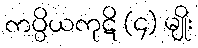
ကပ္ပိယကုဋိ (၄) မျိုး